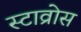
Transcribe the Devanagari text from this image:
स्टाव्रोस